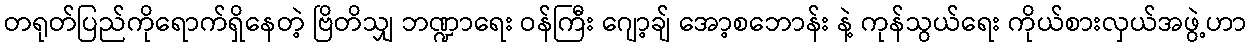
တရုတ်ပြည်ကိုရောက်ရှိနေတဲ့ ဗြိတိသျှ ဘဏ္ဍာရေး ဝန်ကြီး ဂျော့ချ် အော့စဘောန်း နဲ့ ကုန်သွယ်ရေး ကိုယ်စားလှယ်အဖွဲ့ဟာ